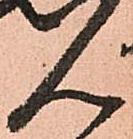
ん